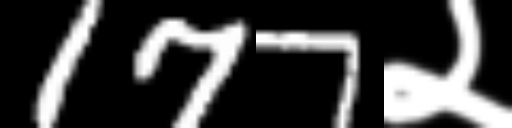
Text: 177२